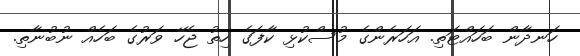
ހަނދާން ބަހައްޓަތި. އަހަރެންގެ މުސްކުޅި ކާފަގެ ހިތު ޖެހޭ ވަރުގެ ބަހެއް ނުބުނާތި.